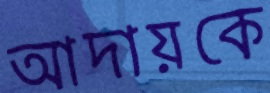
আদায়কে